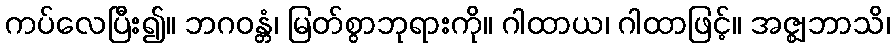
ကပ်လေပြီး၍။ ဘဂဝန္တံ၊ မြတ်စွာဘုရားကို။ ဂါထာယ၊ ဂါထာဖြင့်။ အဇ္ဈဘာသိ၊